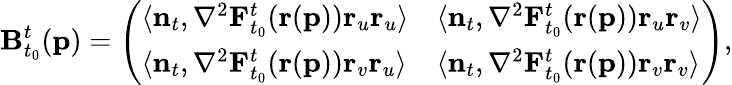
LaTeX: \mathbf{B}_{t_{0}}^{t}(\mathbf{p})=\left(\begin{array}{ll}{\langle\mathbf{n}_{t},\mathbf{\nabla}^{2}\mathbf{F}_{t_{0}}^{t}(\mathbf{r}(\mathbf{p}))\mathbf{r}_{u}\mathbf{r}_{u}\rangle}&{\langle\mathbf{n}_{t},\mathbf{\nabla}^{2}\mathbf{F}_{t_{0}}^{t}(\mathbf{r}(\mathbf{p}))\mathbf{r}_{u}\mathbf{r}_{v}\rangle}\\ {\langle\mathbf{n}_{t},\mathbf{\nabla}^{2}\mathbf{F}_{t_{0}}^{t}(\mathbf{r}(\mathbf{p}))\mathbf{r}_{v}\mathbf{r}_{u}\rangle}&{\langle\mathbf{n}_{t},\mathbf{\nabla}^{2}\mathbf{F}_{t_{0}}^{t}(\mathbf{r}(\mathbf{p}))\mathbf{r}_{v}\mathbf{r}_{v}\rangle}\end{array}\right),